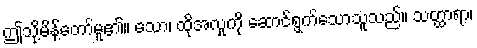
ဤသို့မိန့်တော်မူ၏။ သော၊ ထိုအလှုကို ဆောင်ရွက်သောသူသည်။ သတ္ထာရာ၊